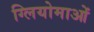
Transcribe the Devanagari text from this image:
ग्लियोमाओं